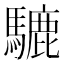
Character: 騼